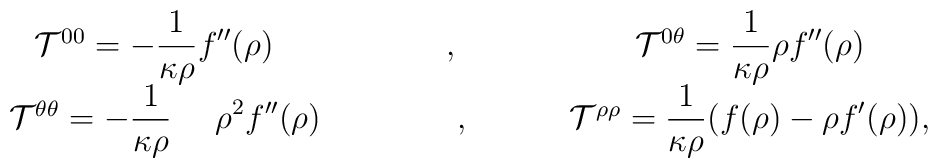
\begin{array}{ccc}{\cal T}^{00}=-\displaystyle{\frac{1}{\kappa\rho}}  f^{\prime\prime}(\rho) &\ \ , \ &{\cal T}^{0\theta}=\displaystyle{\frac{1}{\kappa\rho}} \rho f^{\prime\prime}(\rho) \\\ \ {\cal T}^{\theta\theta}=-\displaystyle{\frac{1}{\kappa\rho}} \ \ \ \ \rho^2 f^{\prime\prime}(\rho) &\ \ \ \ \ \ \ \ \ \ , \ \ \ \ \ \ \ &{\cal T}^{\rho\rho}=\displaystyle{\frac{1}{\kappa\rho}} (f(\rho)-\rho f^{\prime}(\rho)),\\\end{array}